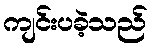
ကျင်းပခဲ့သည်